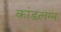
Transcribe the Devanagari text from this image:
कांडलग्न